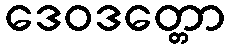
ဒေဝဒတ္တော